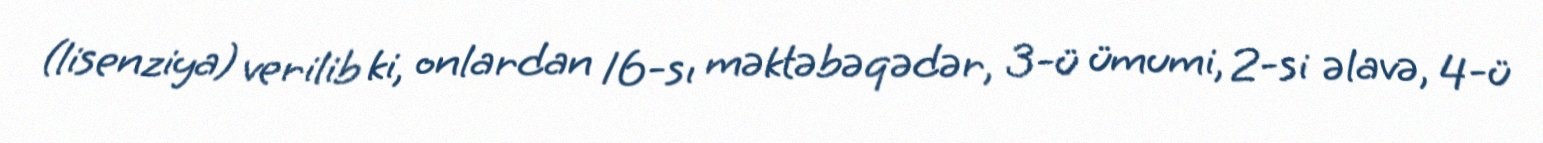
(lisenziya) verilib ki, onlardan 16-sı məktəbəqədər, 3-ü ümumi, 2-si əlavə, 4-ü